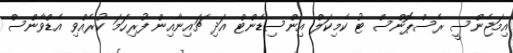
އިމަޖެންސީ ރެސްޕޮންސް ޓު ކެމިކަލް އިންސިޑެންޓް އަދި ޗައިނާއިން ފުރިހަމަ ކުރެއްވި އެޑްވާންސް